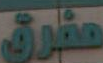
مفرق